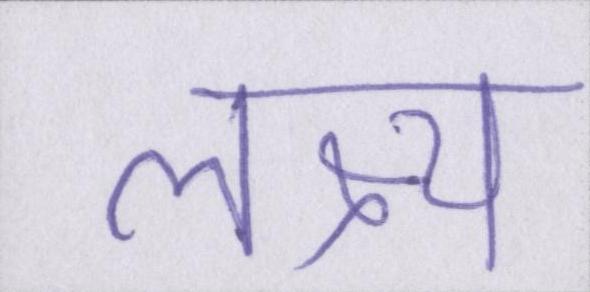
लक्ष्य